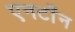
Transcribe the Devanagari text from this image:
एनटाँन